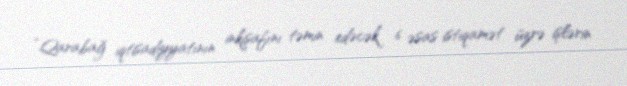
“Qarabağ iqtisadiyyatının inkişafını təmin edəcək 6 əsas istiqamət üzrə işlərin